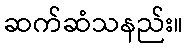
ဆက်ဆံသနည်း။